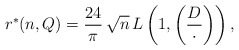
\begin{align*}r^*(n,Q)=\frac{24}{\pi}\,\sqrt{n}\,L\left(1,\left(\frac{D}{\cdot}\right)\right),\end{align*}